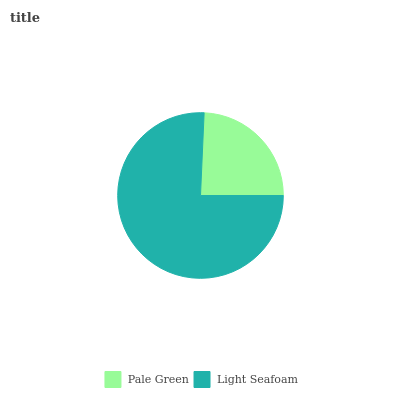
| Pale Green | Light Seafoam |
 | --- | --- |
 | 24.3% | 75.7% |